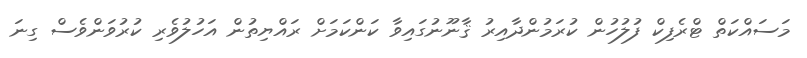
މަސައްކަތް ޓްރެފިކް ފުލުހުން ކުރަމުންދާއިރު ޤާނޫނުގައިވާ ކަންކަމަށް ރައްޔިތުން އަހުލުވެރި ކުރުވަންވެސް ގިނަ